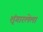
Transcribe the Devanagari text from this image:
शृंगारलेला